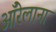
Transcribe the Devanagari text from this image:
ऑरेलाना